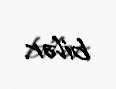
bilər.